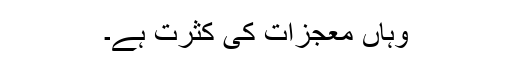
وہاں معجزات کی کثرت ہے۔